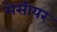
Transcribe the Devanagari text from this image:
मेसीयर